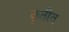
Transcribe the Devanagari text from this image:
कृतींत